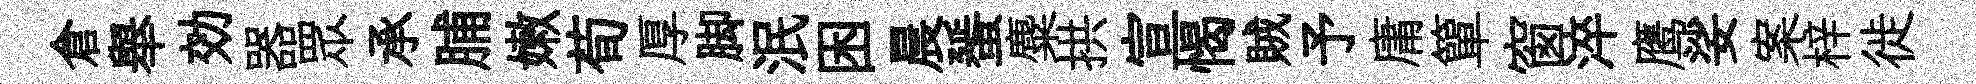
倉舉効器眾承脯嫩荀厚脚泯困晨蜑麋拱宣愒賊予庸簞窗淬鹰娑案梓徙